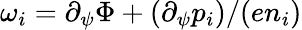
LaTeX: \omega_{i}=\partial_{\psi}\Phi+(\partial_{\psi}p_{i})/(en_{i})